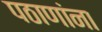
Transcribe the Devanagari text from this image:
पठाणांना